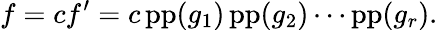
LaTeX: f=cf^{\prime}=c\operatorname{pp}(g_{1})\operatorname{pp}(g_{2})\cdots\operatorname{pp}(g_{r}).